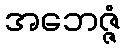
အဘေဇ္ဇံ